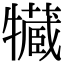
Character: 𤛻